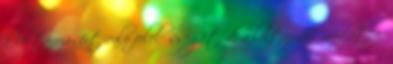
a leltározásért való felelősséget, d. a leltározás módját, e.